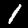
Label: 1